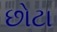
છોટા